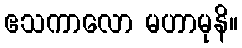
ဧသကာလော မဟာမုနိ။